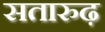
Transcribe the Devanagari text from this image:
सतारुढ़